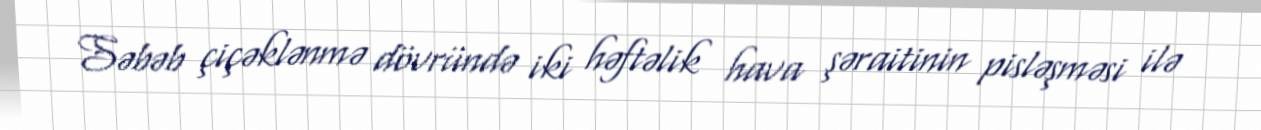
Səbəb çiçəklənmə dövründə iki həftəlik hava şəraitinin pisləşməsi ilə